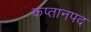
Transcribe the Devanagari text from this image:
कप्तानपद